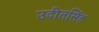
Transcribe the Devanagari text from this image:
उदीतसिंह